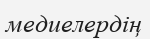
медиелердің